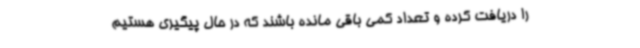
را دریافت کرده و تعداد کمی باقی مانده باشند که در حال پیگیری هستیم